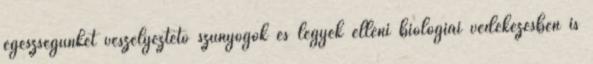
egészségünket veszélyeztető szúnyogok és legyek elleni biológiai védekezésben is